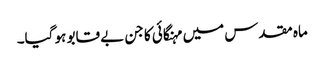
ماہ مقدس میں مہنگائی کا جن بے قابو ہو گیا۔